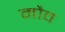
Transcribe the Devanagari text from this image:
मौव